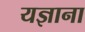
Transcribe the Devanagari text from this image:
यज्ञाना